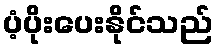
ပံ့ပိုးပေးနိုင်သည်